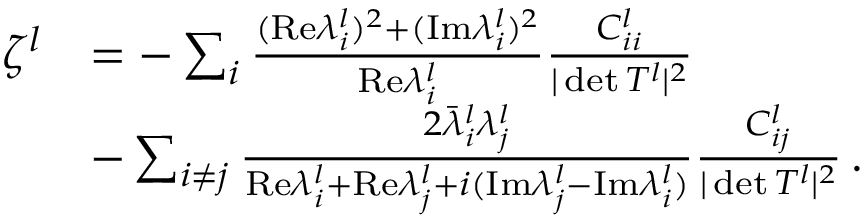
\begin{array} { r l } { \ \! \! \zeta ^ { l } } & { = - \sum _ { i } \frac { ( \mathrm { R e } \lambda _ { i } ^ { l } ) ^ { 2 } + ( \mathrm { I m } \lambda _ { i } ^ { l } ) ^ { 2 } } { \mathrm { R e } \lambda _ { i } ^ { l } } \frac { C _ { i i } ^ { l } } { \vert \operatorname* { d e t } T ^ { l } \vert ^ { 2 } } } \\ & { - \sum _ { i \neq j } \frac { 2 \bar { \lambda } _ { i } ^ { l } \lambda _ { j } ^ { l } } { \mathrm { R e } \lambda _ { i } ^ { l } + \mathrm { R e } \lambda _ { j } ^ { l } + i ( \mathrm { I m } \lambda _ { j } ^ { l } - \mathrm { I m } \lambda _ { i } ^ { l } ) } \frac { C _ { i j } ^ { l } } { \vert \operatorname* { d e t } T ^ { l } \vert ^ { 2 } } \, . } \end{array}